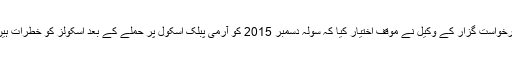
درخواست گزار کے وکیل نے موقف اختیار کیا کہ سولہ دسمبر 2015 کو آرمی پبلک اسکول پر حملے کے بعد اسکولز کو خطرات ہیں۔